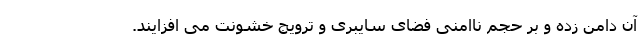
آن دامن زده و بر حجم ناامنی فضای سایبری و ترویج خشونت می افزایند.